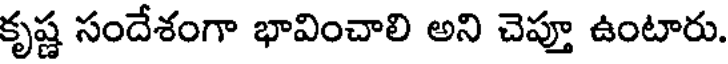
కృష్ణ సందేశంగా భావించాలి అని చెప్తూ ఉంటారు.